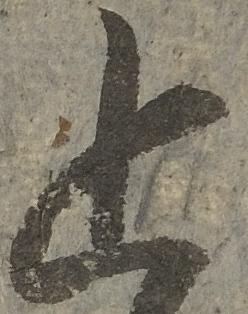
追